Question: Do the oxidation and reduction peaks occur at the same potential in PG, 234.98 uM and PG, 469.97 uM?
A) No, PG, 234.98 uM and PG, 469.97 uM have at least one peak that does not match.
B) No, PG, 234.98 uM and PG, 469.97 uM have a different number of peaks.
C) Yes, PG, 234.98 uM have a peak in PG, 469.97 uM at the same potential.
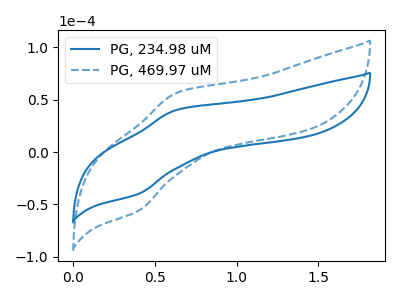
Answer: <think>The blue curve "PG, 234.98 uM" has an anodic peak at (0.65V, 40.25uA) and a cathodic peak at (0.40V, -39.75uA). The blue dashed curve "PG, 469.97 uM" has an anodic peak at (0.65V, 56.55uA) and a cathodic peak at (0.40V, -55.90uA).</think>
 <answer>C) Yes, "PG, 234.98 uM" have a peak in "PG, 469.97 uM" at the same potential.</answer>
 <eval>C</eval>